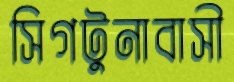
সিগটুনাবাসী